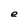
Character: e